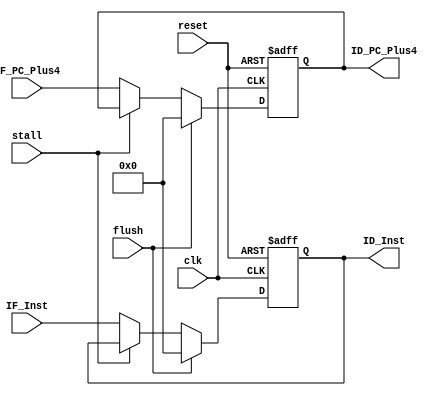
module IF_ID(reset, clk, flush, stall, IF_Inst, IF_PC_Plus4, ID_Inst, ID_PC_Plus4);

    input reset, clk, flush, stall; // stall: load-use hazardID (IFPCWrite)
    input [31:0] IF_Inst;
    input [31:0] IF_PC_Plus4;
    output reg [31:0] ID_Inst;
    output reg [31:0] ID_PC_Plus4;

    always @(posedge clk or posedge reset)
    begin
        if(reset) begin
            ID_Inst<=0;
            ID_PC_Plus4<=0;
        end
        else begin
            if(flush) begin
                ID_Inst<=0;
                ID_PC_Plus4<=0;
            end
            else if(!stall) begin
                ID_Inst<=IF_Inst;
                ID_PC_Plus4<=IF_PC_Plus4;
            end
        end
        
    end
endmodule